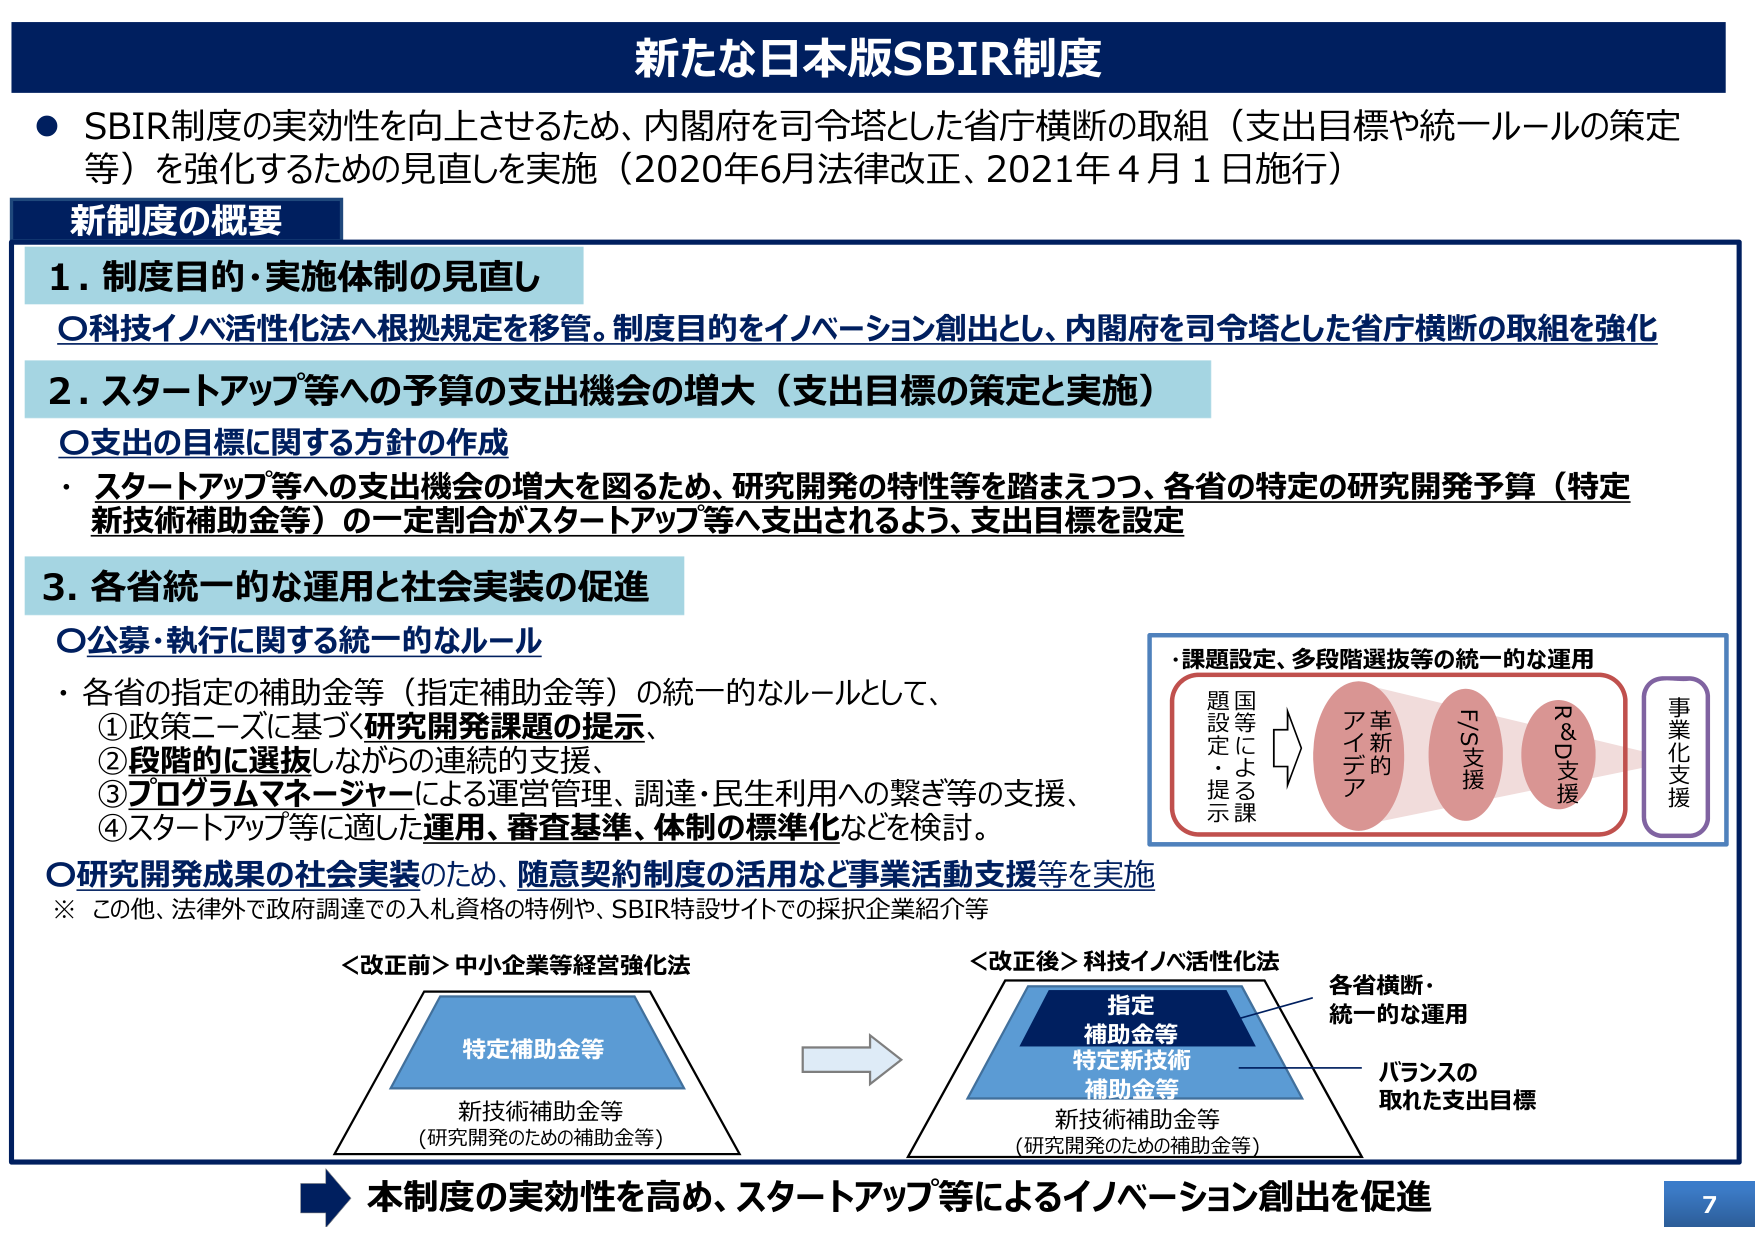
新たな日本版SBIR制度

● SBIR制度の実効性を向上させるため、内閣府を司令塔とした省庁横断の取組（支出目標や統一ルールの策定等）を強化するための見直しを実施（2020年6月法律改正、2021年4月1日施行）

新制度の概要

1. 制度目的・実施体制の見直し
○科技イノベ活性化法へ根拠規定を移管。制度目的をイノベーション創出とし、内閣府を司令塔とした省庁横断の取組を強化

2. スタートアップ等への予算の支出機会の増大（支出目標の策定と実施）
○支出の目標に関する方針の作成
・スタートアップ等への支出機会の増大を図るため、研究開発の特性等を踏まえつつ、各省の特定の研究開発予算（特定新技術補助金等）の一定割合がスタートアップ等へ支出されるよう、支出目標を設定

3. 各省統一的な運用と社会実装の促進
○公募・執行に関する統一的なルール
・各省の指定の補助金等（指定補助金等）の統一的なルールとして、
①政策ニーズに基づく研究開発課題の提示、
②段階的に選抜しながらの連続的支援、
③プログラムマネージャーによる運営管理、調達・民生利用への繋ぎ等の支援、
④スタートアップ等に適した運用、審査基準、体制の標準化などを検討。

○研究開発成果の社会実装のため、随意契約制度の活用など事業活動支援等を実施
※ この他、法律外で政府調達での入札資格の特例や、SBIR特設サイトでの採択企業紹介等

・課題設定、多段階選抜等の統一的な運用
国等による課題設定・提示
革新的アイデア
F/S支援
R&D支援
事業化支援

＜改正前＞中小企業等経営強化法
特定補助金等
新技術補助金等
（研究開発のための補助金等）

＜改正後＞科技イノベ活性化法
指定補助金等
特定新技術補助金等
新技術補助金等
（研究開発のための補助金等）

各省横断・統一的な運用
バランスの取れた支出目標

本制度の実効性を高め、スタートアップ等によるイノベーション創出を促進

7